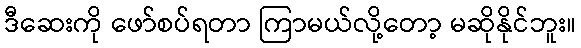
ဒီဆေးကို ဖော်စပ်ရတာ ကြာမယ်လို့တော့ မဆိုနိုင်ဘူး။